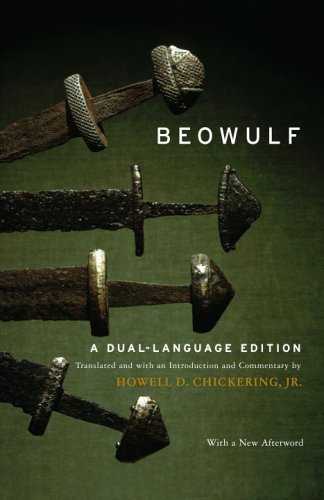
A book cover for Beowulf: A Dual-Language Edition; Howell D. Chickering; Literature & Fiction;